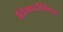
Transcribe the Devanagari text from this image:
हिमाटोबियम